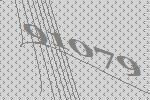
91079